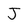
Character: J